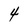
Character: 4